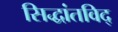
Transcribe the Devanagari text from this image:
सिद्धांतविद्